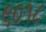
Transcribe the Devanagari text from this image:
९०१८